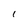
Character: 1